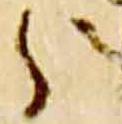
分